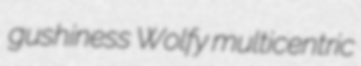
gushiness Wolfy multicentric